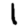
Digit: 1